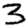
Digit: 3